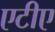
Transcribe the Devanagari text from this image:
एटीए